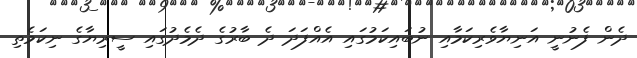
ދެން ފެނުނީ އަނިޔާވެރިކަމާއި ނުބައިކަމުގައި އެއްފަދަ ދެ ބާރުގެ ދެމެދުގައި ސީރިޔާގެ ނިކަމެތި